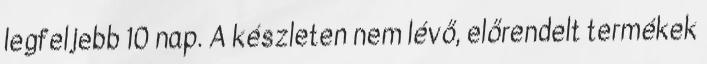
legfeljebb 10 nap. A készleten nem lévő, előrendelt termékek